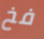
فخ